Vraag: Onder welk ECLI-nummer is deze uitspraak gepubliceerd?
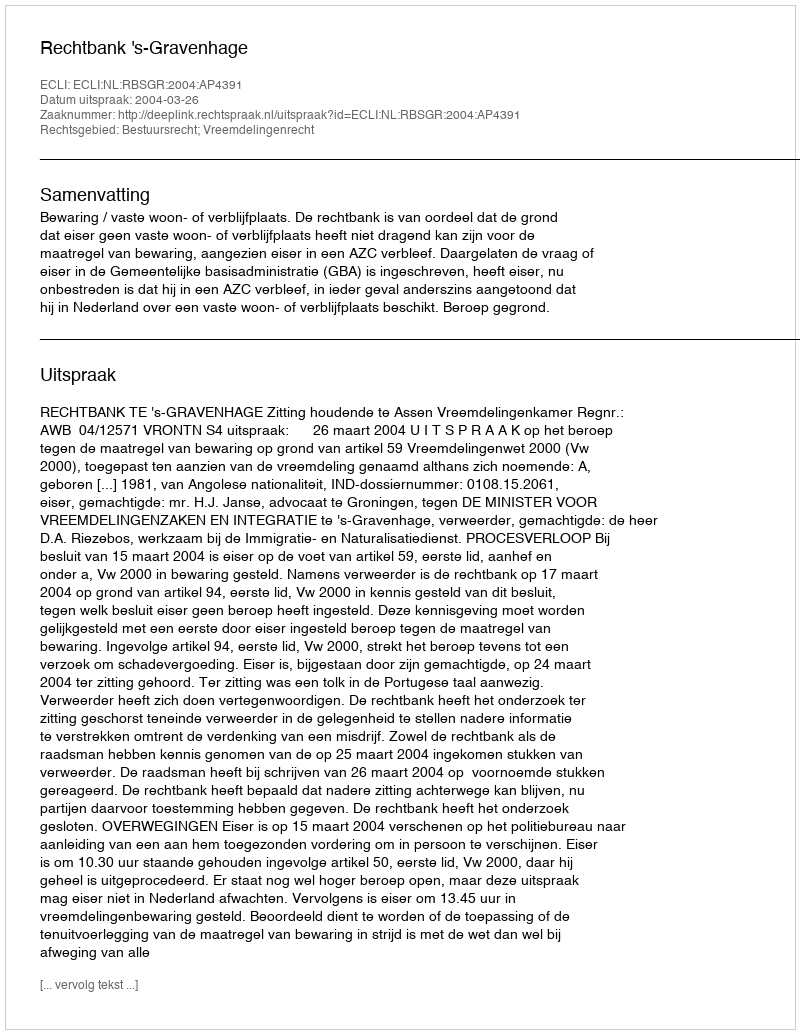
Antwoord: ECLI:NL:RBSGR:2004:AP4391